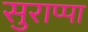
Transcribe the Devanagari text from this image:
सुराप्पा